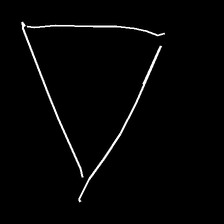
Glyph: convergence